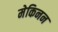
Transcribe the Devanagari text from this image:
मेकिनन